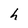
Character: h